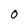
Character: 0